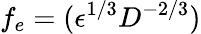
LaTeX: f_{e}=(\epsilon^{1/3}D^{-2/3})